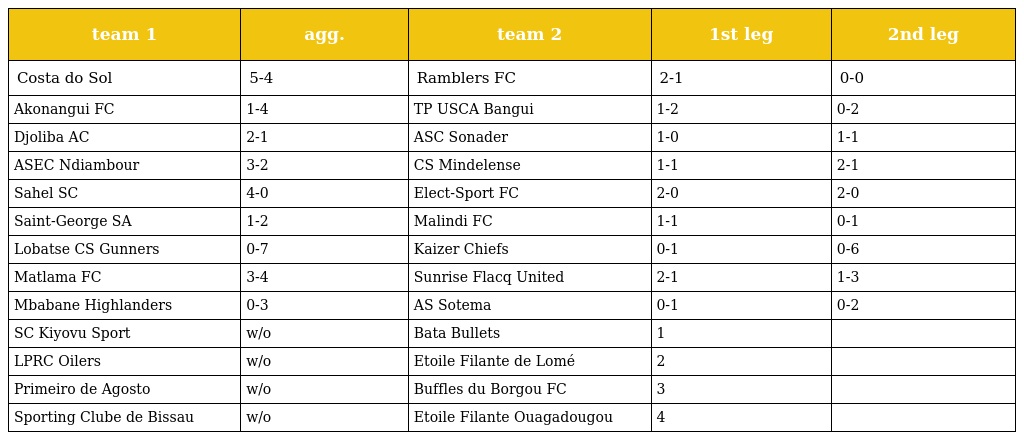
| team 1 | agg. | team 2 | 1st leg | 2nd leg |
 | --- | --- | --- | --- | --- |
 | Costa do Sol | 5-4 | Ramblers FC | 2-1 | 0-0 |
 | Akonangui FC | 1-4 | TP USCA Bangui | 1-2 | 0-2 |
 | Djoliba AC | 2-1 | ASC Sonader | 1-0 | 1-1 |
 | ASEC Ndiambour | 3-2 | CS Mindelense | 1-1 | 2-1 |
 | Sahel SC | 4-0 | Elect-Sport FC | 2-0 | 2-0 |
 | Saint-George SA | 1-2 | Malindi FC | 1-1 | 0-1 |
 | Lobatse CS Gunners | 0-7 | Kaizer Chiefs | 0-1 | 0-6 |
 | Matlama FC | 3-4 | Sunrise Flacq United | 2-1 | 1-3 |
 | Mbabane Highlanders | 0-3 | AS Sotema | 0-1 | 0-2 |
 | SC Kiyovu Sport | w/o | Bata Bullets | 1 |  |
 | LPRC Oilers | w/o | Etoile Filante de Lomé | 2 |  |
 | Primeiro de Agosto | w/o | Buffles du Borgou FC | 3 |  |
 | Sporting Clube de Bissau | w/o | Etoile Filante Ouagadougou | 4 |  |